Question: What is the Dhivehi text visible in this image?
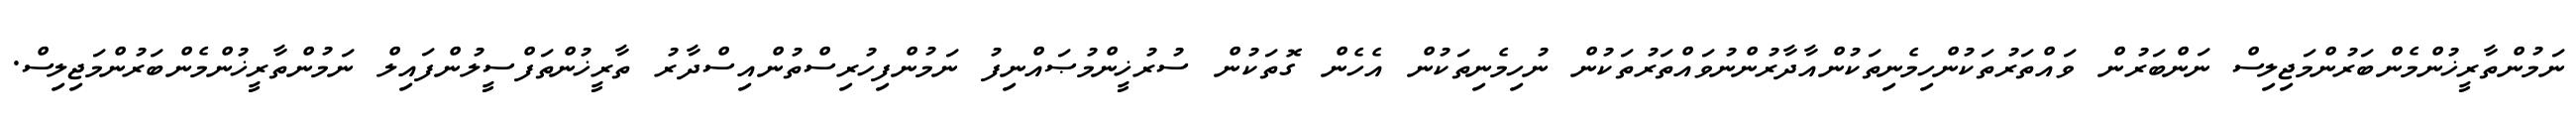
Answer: ނަމުންތާރީޚުންމެންބަރުންމަޖިލިސް ނަންބަރުން ވައްތަރުތަކުންހިމެނިތަކުންއާދާރުންނުވައްތަރުތަކުން ނުހިމެނިތަކުން އެހެން ގޮތަކުން ސުރުޚީންމުޞައްނިފު ނަމުންފިހުރިސްތުންއިސްދާރު ތާރީޚުންތަފްސީލުންފައިލް ނަމުންތާރީޚުންމެންބަރުންމަޖިލިސް.